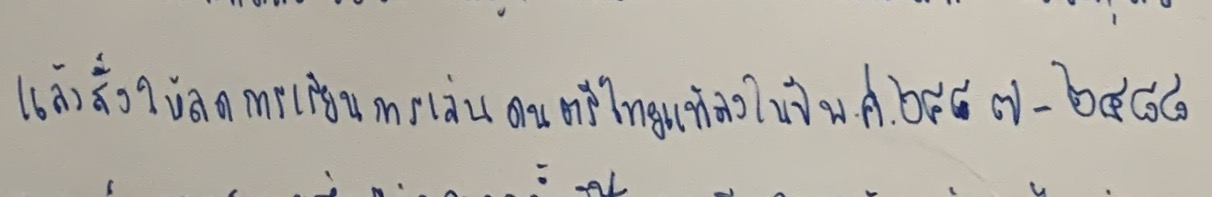
แล้วสั่งให้ลดการเรียนการเล่นดนตรีไทยแท้ลงในปีพ.ศ.๒๔๘๗-๒๔๘๘